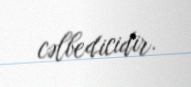
cəlbedicidir.